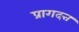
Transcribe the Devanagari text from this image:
प्रागदत्त